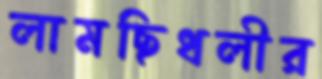
লামছিধলীর